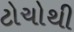
ટોચોથી